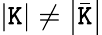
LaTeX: \left|\mathtt{K}\right|\neq\left|\bar{{\mathtt{K}}}\right|